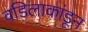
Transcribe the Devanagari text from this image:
वडिलाकांडून